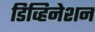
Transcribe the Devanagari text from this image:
डिव्हिनेशन